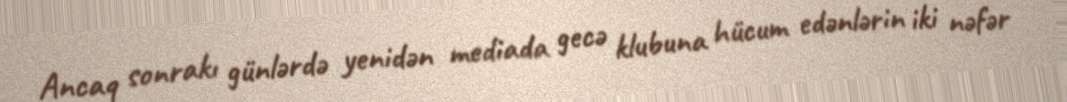
Ancaq sonrakı günlərdə yenidən mediada gecə klubuna hücum edənlərin iki nəfər